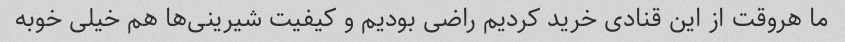
ما هروقت از این قنادی خرید کردیم راضی بودیم و کیفیت شیرینی‌ها هم خیلی خوبه